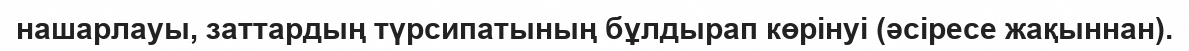
нашарлауы, заттардың түрсипатының бұлдырап көрінуі (әсіресе жақыннан).